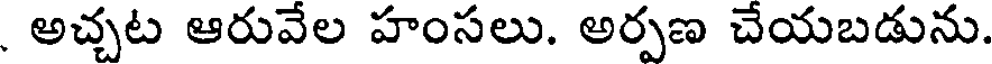
అచ్చట ఆరువేల హంసలు. అర్పణ చేయబడును.